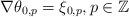
LaTeX: \begin{align*} \nabla\theta_{0,p}=\xi_{0,p},p\in\mathbb{Z} \end{align*}